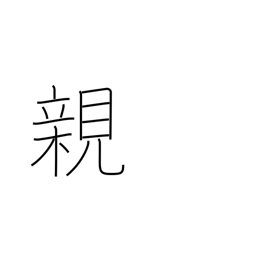
Meaning: parent